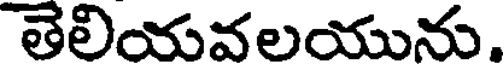
తెలియవలయును.